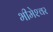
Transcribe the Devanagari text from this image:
भीमेश्‍वर